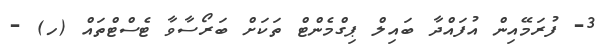
3- ފުރަމޭއިން އުފައްދާ ބައިލް ޕިގްމެންޓް ތަކަށް ބަރޯސާވާ ޓެސްޓްތައް (ހ) -